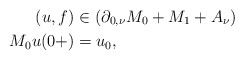
\begin{align*}(u,f) & \in\left(\partial_{0,\nu}M_{0}+M_{1}+A_{\nu}\right)\\M_{0}u(0+) & =u_{0},\end{align*}